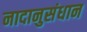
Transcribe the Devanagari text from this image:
नादानुसंधान